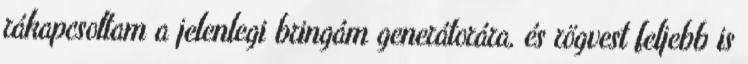
rákapcsoltam a jelenlegi bringám generátorára, és rögvest feljebb is